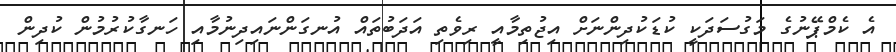
އެ ކެމްޕޭނުގެ މަގުސަދަކީ ކުޑަކުދިންނަށް އިޖުތިމާއީ ރިވެތި އަދަބުތައް އުނގަންނައިދިނުމާއި ހަނގާކުރުމުން ކުދިން